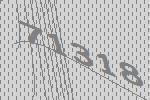
71318